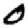
Digit: 0